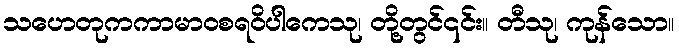
သဟေတုကကာမာဝစရဝိပါကေသု၊ တို့တွင်၎င်း။ တီသု၊ ကုန်သော။